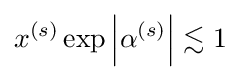
x^{(s)}\exp \left|\alpha ^{(s)}\right|\lesssim 1